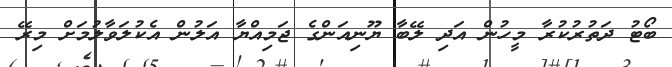
ބޯޓު ދަތުރުކުރާ މީހުން އަދި ލޭބާ ޔޫނިއަންގެ ޖަމިއްޔާ އަލުން އެކުލަވާލުމަށް މިރޭ